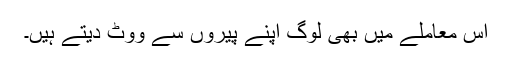
اس معاملے میں بھی لوگ اپنے پیروں سے ووٹ دیتے ہیں۔